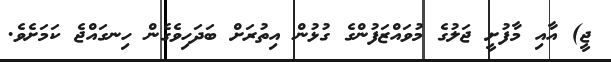
ޖީ) އާއި މާފުށީ ޖަލުގެ މުވައްޒަފުންގެ ގުޅުން އިތުރަށް ބަދަހިވެގެން ހިނގައްޖެ ކަމަށެވެ.